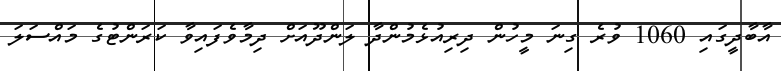
އާބާދީގައި 1060 ވުރެ ގިނަ މީހުން ދިރިއުޅެމުންދާ ލަންދޫއަށް ދިމާވެފައިވާ ކަރަންޓުގެ މައްސަލަ